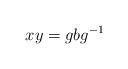
LaTeX: \begin{align*}xy = gbg^{-1}\end{align*}